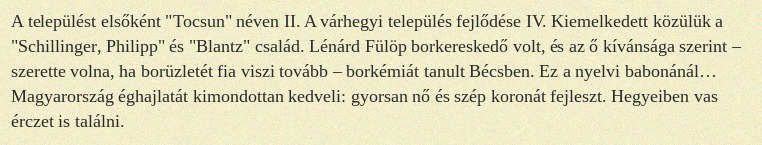
A települést elsőként "Tocsun" néven II. A várhegyi település fejlődése IV. Kiemelkedett közülük a "Schillinger, Philipp" és "Blantz" család. Lénárd Fülöp borkereskedő volt, és az ő kívánsága szerint – szerette volna, ha borüzletét fia viszi tovább – borkémiát tanult Bécsben. Ez a nyelvi babonánál… Magyarország éghajlatát kimondottan kedveli: gyorsan nő és szép koronát fejleszt. Hegyeiben vas érczet is találni.